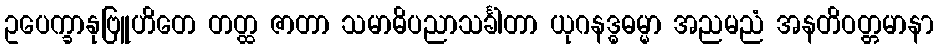
ဥပေက္ခာနုဗြူဟိတေ တတ္ထ ဇာတာ သမာဓိပညာသင်္ခါတာ ယုဂနဒ္ဓဓမ္မာ အညမညံ အနတိဝတ္တမာနာ